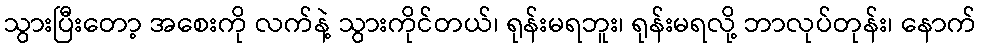
သွားပြီးတော့ အစေးကို လက်နဲ့ သွားကိုင်တယ်၊ ရုန်းမရဘူး၊ ရုန်းမရလို့ ဘာလုပ်တုန်း၊ နောက်